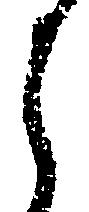
之